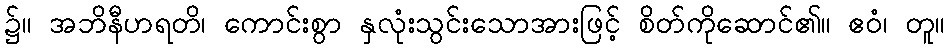
၌။ အဘိနီဟရတိ၊ ကောင်းစွာ နှလုံးသွင်းသောအားဖြင့် စိတ်ကိုဆောင်၏။ ဧဝံ၊ တူ။